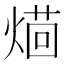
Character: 𤌚